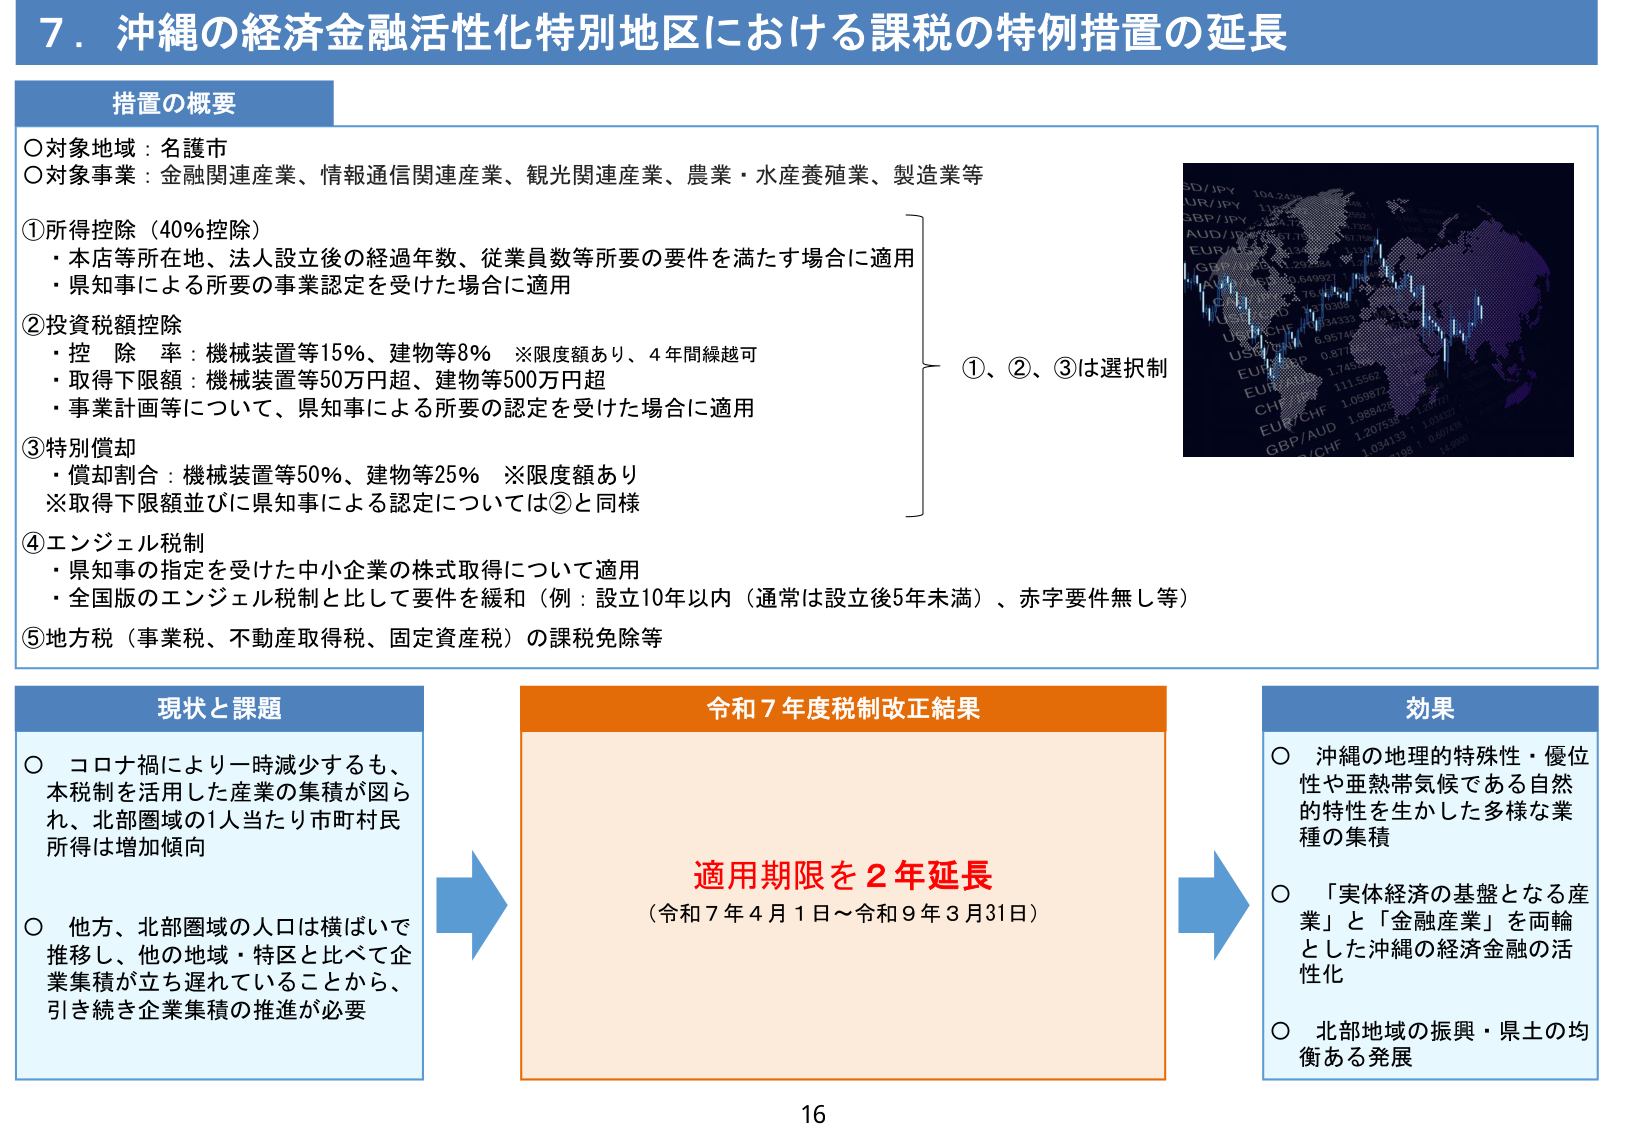
7．沖縄の経済金融活性化特別地区における課税の特例措置の延長

措置の概要
○対象地域：名護市
○対象事業：金融関連産業、情報通信関連産業、観光関連産業、農業・水産養殖業、製造業等

①所得控除（40％控除）
・本店等所在地、法人設立後の経過年数、従業員数等所要の要件を満たす場合に適用
・県知事による所要の事業認定を受けた場合に適用

②投資額控除
・控除率：機械装置等15％、建物等8％　※限度額あり、4年間繰越可
・取得下限額：機械装置等50万円超、建物等500万円超
・事業計画等について、県知事による所要の認定を受けた場合に適用

③特別償却
・償却割合：機械装置等50％、建物等25％　※限度額あり
※取得下限額並びに県知事による認定については②と同様

④エンジェル税制
・県知事の指定を受けた中小企業の株式取得について適用
・全国版のエンジェル税制と比して要件を緩和（例：設立10年以内（通常は設立後5年未満）、赤字要件無し等）

⑤地方税（事業税、不動産取得税、固定資産税）の課税免除等

①、②、③は選択制

現状と課題
○ コロナ禍により一時減少するも、本税制を活用した産業の集積が図られ、北部圏域の1人当たり市町村民所得は増加傾向
○ 他方、北部圏域の人口は横ばいで推移し、他の地域・特区と比べて企業集積が立ち遅れていることから、引き続き企業集積の推進が必要

令和7年度税制改正結果
適用期限を2年延長
（令和7年4月1日～令和9年3月31日）

効果
○ 沖縄の地理的特殊性・優位性や亜熱帯気候である自然的特性を生かした多様な業種の集積
○ 「実体経済の基盤となる産業」と「金融産業」を両輪とした沖縄の経済金融の活性化
○ 北部地域の振興・県土の均衡ある発展

16